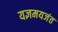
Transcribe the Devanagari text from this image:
यज्ञमयजंत